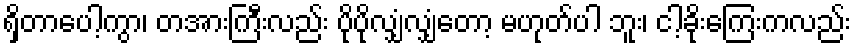
ရှိတာပေါ့ကွာ၊ တအားကြီးလည်း ပိုပိုလျှံလျှံတော့ မဟုတ်ပါ ဘူး၊ ငါ့ခိုးကြေးကလည်း